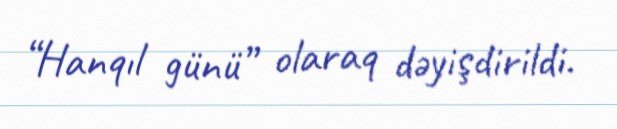
“Hanqıl günü” olaraq dəyişdirildi.